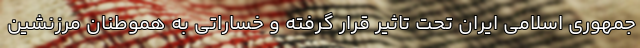
جمهوری اسلامی ایران تحت تاثیر قرار گرفته و خساراتی به هموطنان مرزنشین